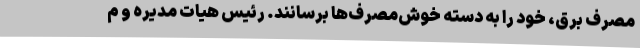
مصرف برق، خود را به دسته خوش‌مصرف‌ها برسانند. رئیس هیات مدیره و م